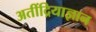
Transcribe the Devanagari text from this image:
अतींद्रियाज्ञान